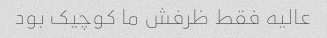
عالیه فقط ظرفش ما کوچیک بود